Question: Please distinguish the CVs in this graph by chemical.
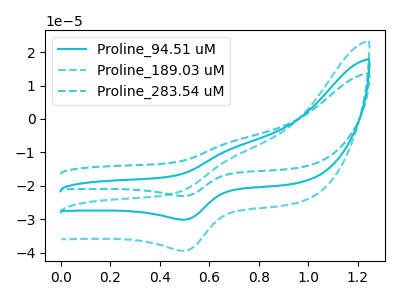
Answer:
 <answer>The cyan curve is labeled "Proline_94.51 uM". The cyan dashed curve is labeled "Proline_189.03 uM". The cyan dashed curve is labeled "Proline_283.54 uM".</answer>
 <eval></eval>